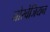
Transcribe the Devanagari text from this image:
नोरवेजियन